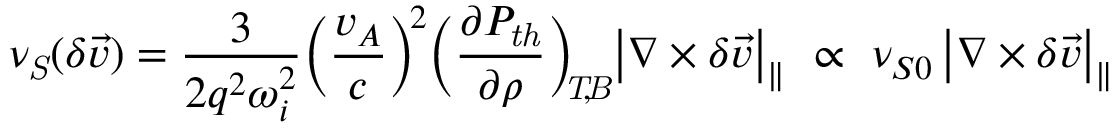
\nu _ { \mathit { S } } ( \delta \vec { v } ) = \frac { 3 } { 2 q ^ { 2 } \omega _ { i } ^ { 2 } } \Big ( \frac { v _ { A } } { c } \Big ) ^ { \! 2 } \Big ( \frac { \partial P _ { \mathit { t h } } } { \partial \rho } \Big ) _ { \mathit { \! \! T \! , \! B } } \big | \nabla \times \delta \vec { v } \big | _ { \| } \ \propto \ \nu _ { S 0 } \, \big | \nabla \times \delta \vec { v } \big | _ { \| }